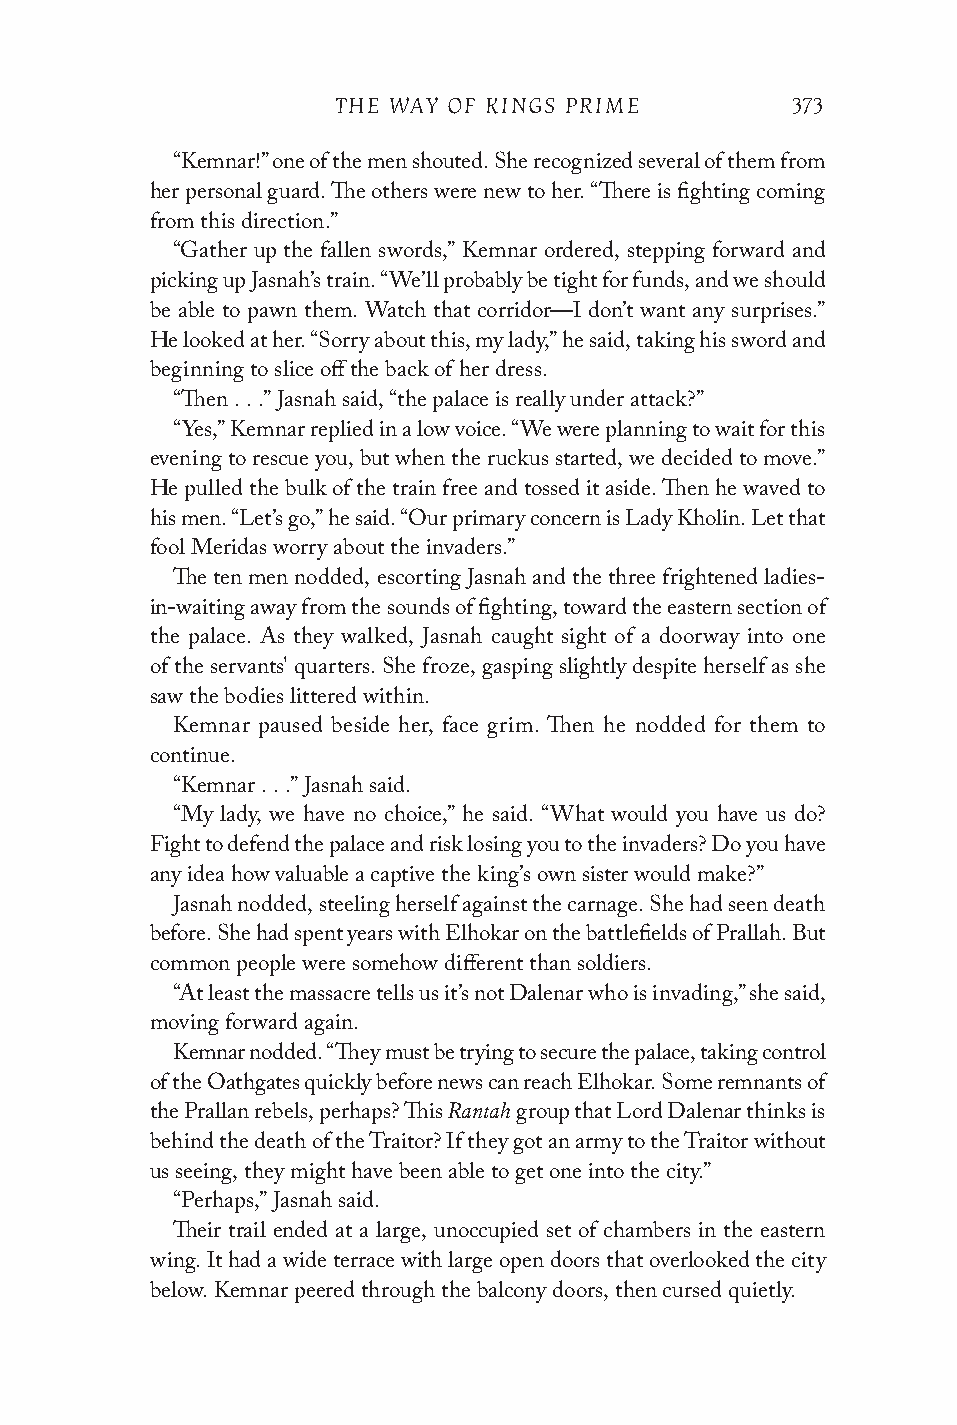
THE WAY OF KINGS PRIME        373
 “Kemnar!” one of the men shouted. She recognized several of them from
 her personal guard. The others were new to her. “There is fighting coming
 from this direction.”
 “Gather up the fallen swords,” Kemnar ordered, stepping forward and
 picking up Jasnah’s train. “We’ll probably be tight for funds, and we should
 be able to pawn them. Watch that corridor—I don’t want any surprises.”
 He looked at her. “Sorry about this, my lady,” he said, taking his sword and
 beginning to slice off the back of her dress.
 “Then . . .” Jasnah said, “the palace is really under attack?”
 “Yes,” Kemnar replied in a low voice. “We were planning to wait for this
 evening to rescue you, but when the ruckus started, we decided to move.”
 He pulled the bulk of the train free and tossed it aside. Then he waved to
 his men. “Let’s go,” he said. “Our primary concern is Lady Kholin. Let that
 fool Meridas worry about the invaders.”
 The ten men nodded, escorting Jasnah and the three frightened ladies-
 in-waiting away from the sounds of fighting, toward the eastern section of
 the palace. As they walked, Jasnah caught sight of a doorway into one
 of the servants' quarters. She froze, gasping slightly despite herself as she
 saw the bodies littered within.
 Kemnar paused beside her, face grim. Then he nodded for them to
 continue.
 “Kemnar . . .” Jasnah said.
 “My lady, we have no choice,” he said. “What would you have us do?
 Fight to defend the palace and risk losing you to the invaders? Do you have
 any idea how valuable a captive the king’s own sister would make?”
 Jasnah nodded, steeling herself against the carnage. She had seen death
 before. She had spent years with Elhokar on the battlefields of Prallah. But
 common people were somehow different than soldiers.
 “At least the massacre tells us it’s not Dalenar who is invading,” she said,
 moving forward again.
 Kemnar nodded. “They must be trying to secure the palace, taking control
 of the Oathgates quickly before news can reach Elhokar. Some remnants of
 Rantah
 the Prallan rebels, perhaps? This group that Lord Dalenar thinks is
 behind the death of the Traitor? If they got an army to the Traitor without
 us seeing, they might have been able to get one into the city.”
 “Perhaps,” Jasnah said.
 Their trail ended at a large, unoccupied set of chambers in the eastern
 wing. It had a wide terrace with large open doors that overlooked the city
 below. Kemnar peered through the balcony doors, then cursed quietly.